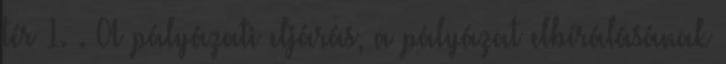
tér 1. . A pályázati eljárás, a pályázat elbírálásának